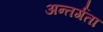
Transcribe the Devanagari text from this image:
अन्तर्गता